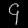
Digit: ၄